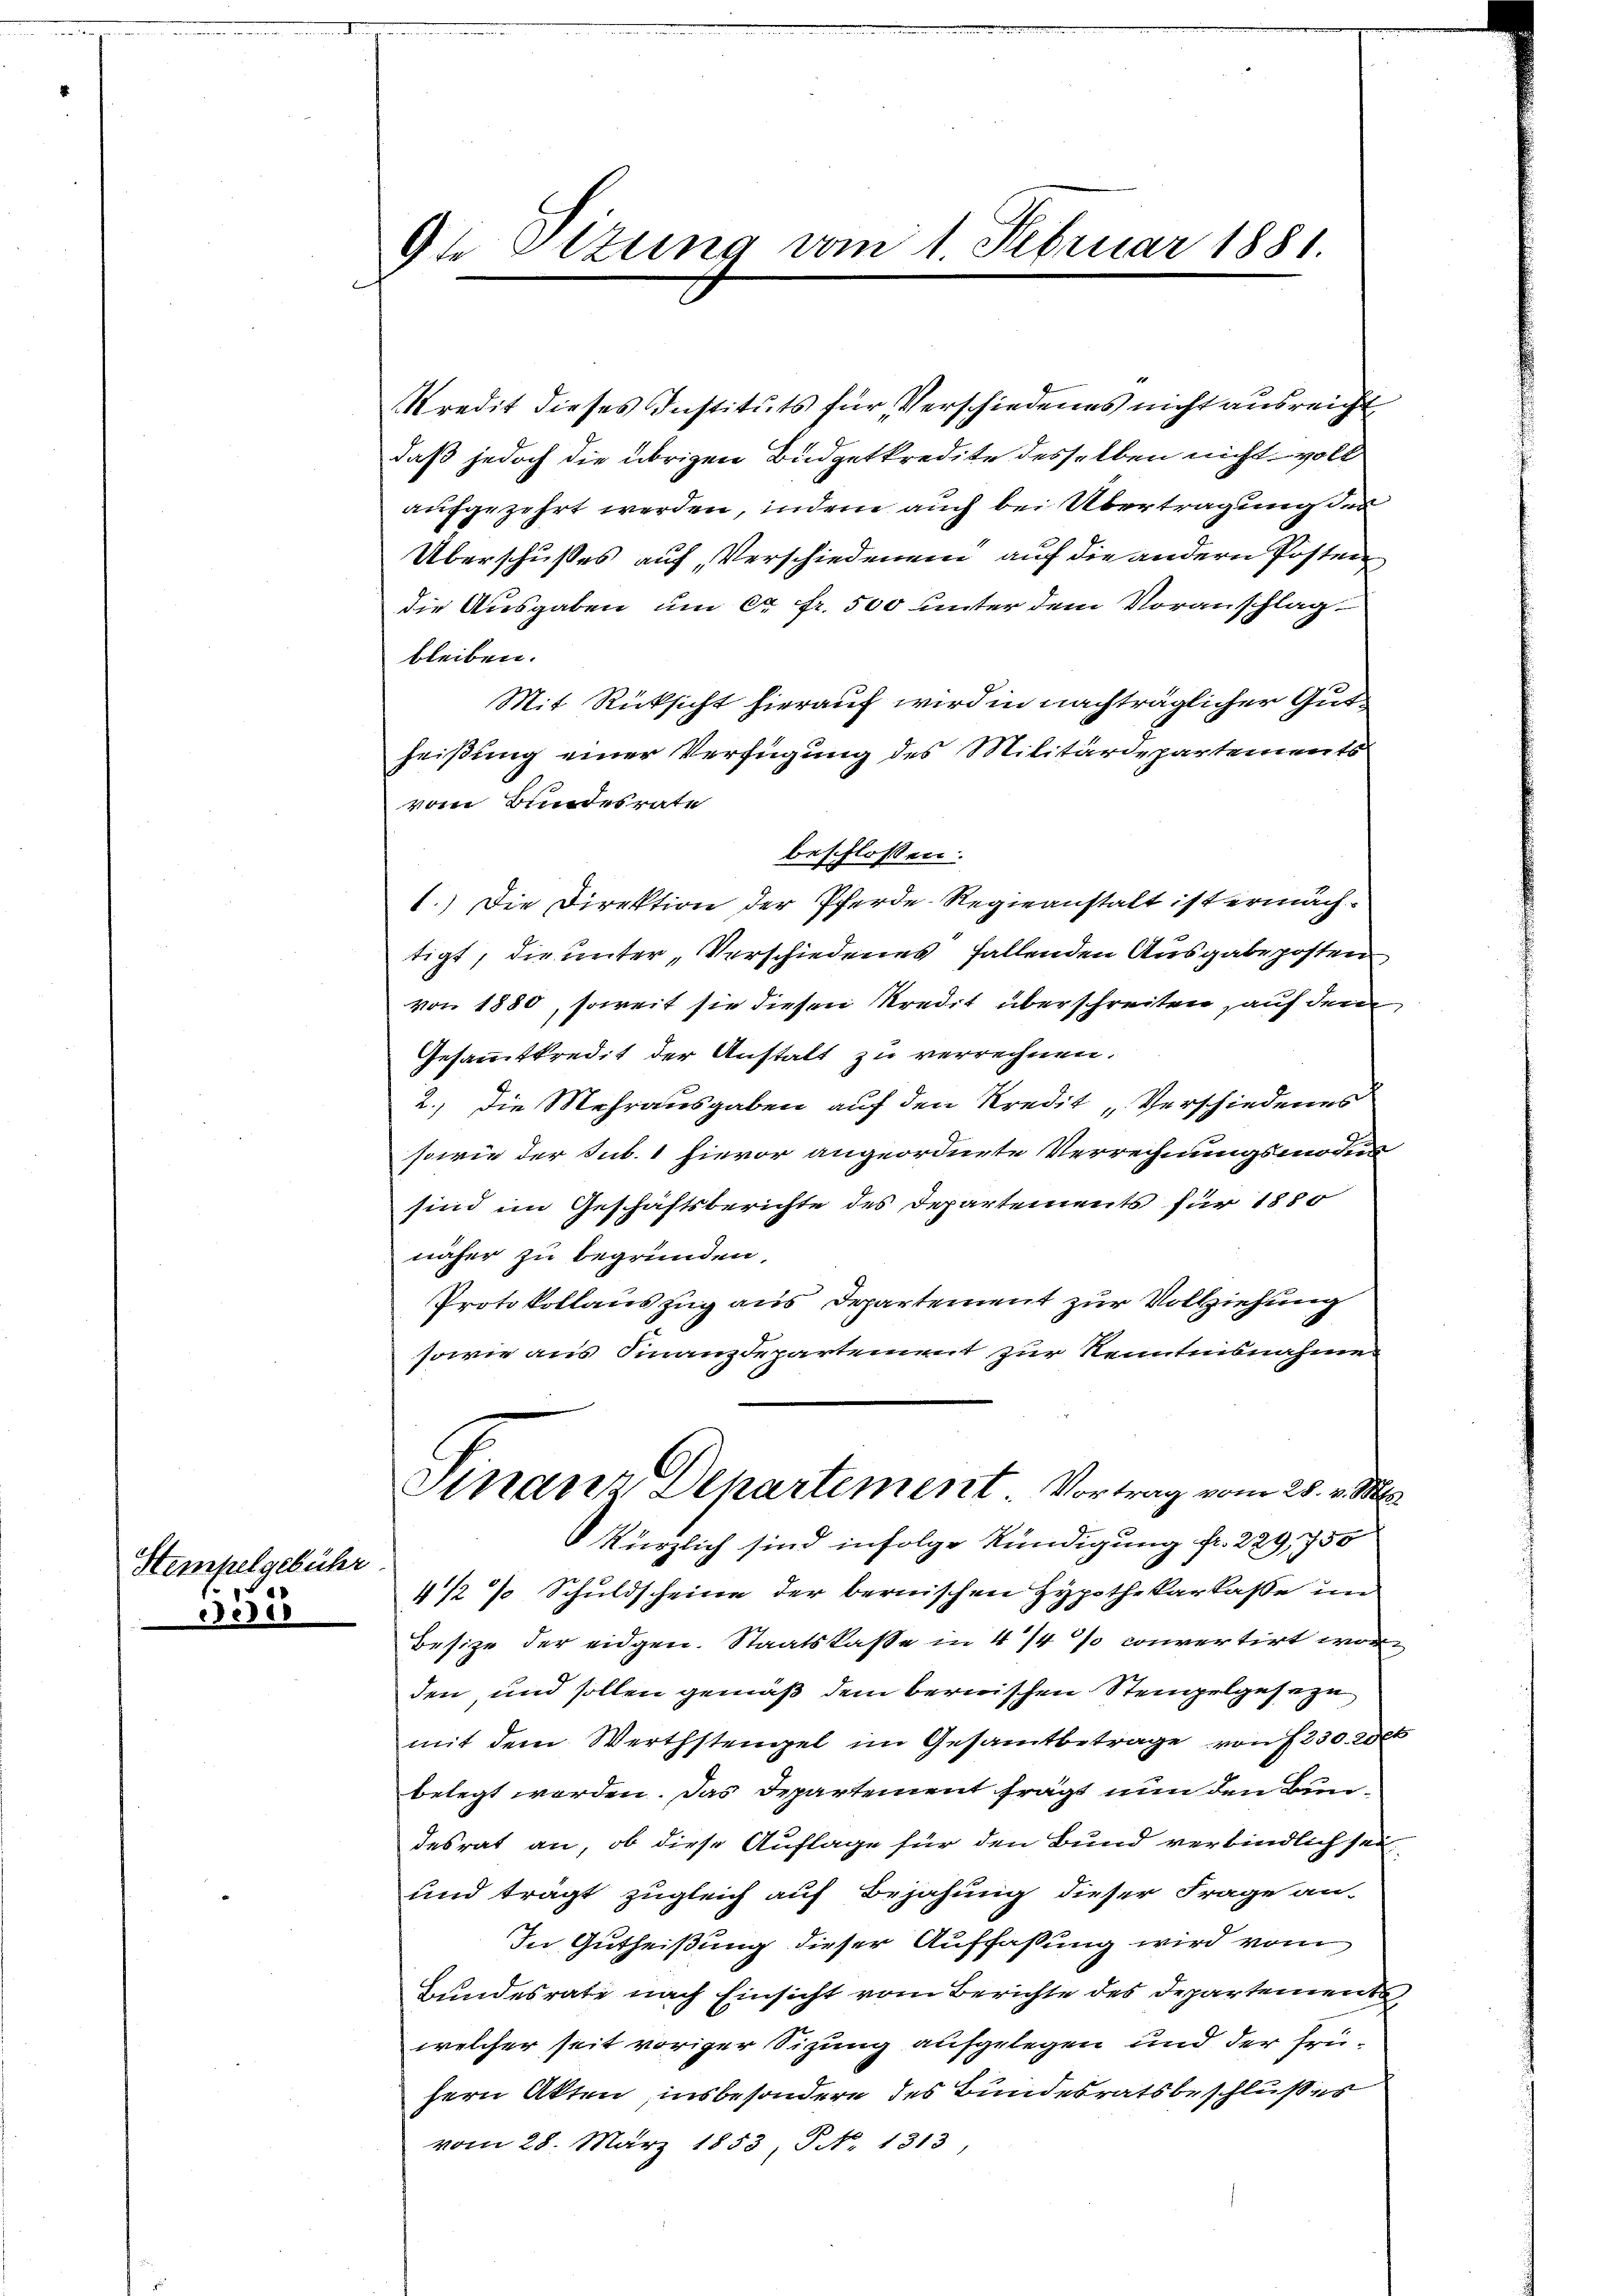
e188

Stempelgebühr

9te Otzung vom 1. Februar 1881.

Kredit dieses Instituts für Verschiedenes nicht ausreicht
daß jedoch die übrigen Budgetkredite desselben nicht voll
aufgezehrt werden, indem auch bei Übertragung der
Überschußes auf, Verschiedenen auf die andern Posten
die Ausgaben um ca Fr. 500 unter dem Voranschlag
bleiben.
Mit Rücksicht hierauf wird in nachträglicher Gutheißung einer Verfügung des Militärdepartements
vom Bundesrate
beschlossen:
1.) Die Direktion der Pferde-Regieanstalt ist ermächtigt, die unter Verschiedenes fallenden Ausgabeposten
von 1880, soweit sie diesen Kredit überschreiten, auf dem
Gesammtkredit der Anstalt zu verrechnen.
2.) Die Mehrausgaben auf den Kredit „Verschiedenes
sowie der Sub. 1 hievor angeordnete Verrechnungsmoder
sind im Geschäftsberichte des Departements für 1850
näher zu begründen,
Protokollauszug aus Departement zur Vollziehung
sowie aus Finanzdepartement zur Renntnisnahme
Finanz Departement. Vortrag vom 25. v. Mts.
kürzlich sind infolge Kündigung fr. 229, 750
4/2 % Schuldscheine der bernischen Hypothekarkasse un
Besize der eidgen. Staatskasse in 4/4 % convertirt wor
den und sollen gemäß dem bernischen Stengelgeseze
mit dem Werthstengel im Gesamtbetrage von f 230. 200
belegt worden. Das Departement fragt nun den Bundesrat an, ob diese Auflage für den Bund verbindlich sei.
und trägt zugleich auf Bejahung dieser Frage an-
In Gutheißung dieser Auffassung wird vom
Bundesrate nach Einsicht vom Berichte des Departementwelcher seit voriger Sizung aufgelegen und der früfern Akten, insbesondere des Bundesratsbeschlußes
vom 28. März 1853 P N. 1313,